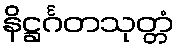
နိဋ္ဌင်္ဂတသုတ္တံ